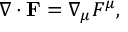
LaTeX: \nabla \cdot \mathbf { F } = \nabla _ { \mu } F ^ { \mu } ,